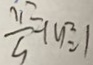
\frac { 1 1 3 } { 5 } + y ^ { 2 } = 1